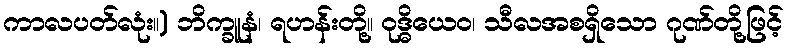
ကာလပတ်လုံး။) ဘိက္ခူနံ၊ ရဟန်းတို့။ ဝုဒ္ဓိယေဝ၊ သီလအစရှိသော ဂုဏ်တို့ဖြင့်